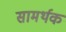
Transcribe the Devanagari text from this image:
सामर्थक